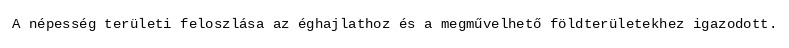
A népesség területi feloszlása az éghajlathoz és a megművelhető földterületekhez igazodott.